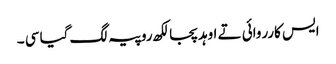
ایس کارروائی تے اوہد پجا لکھ روپیہ لگ گیا سی ۔